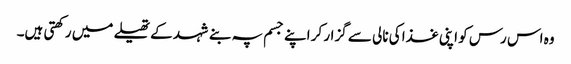
وہ اس رس کو اپنی غذا کی نالی سے گزار کر اپنے جسم پہ بنے شہد کے تھیلے میں رکھتی ہیں۔